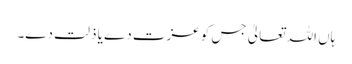
ہاں اللہ تعالیٰ جس کو عزت دے یا ذلت دے۔